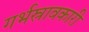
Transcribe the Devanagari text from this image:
गर्भस्रावकारी